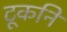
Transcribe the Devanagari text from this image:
टूकनि